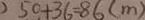
5 0 + 3 6 = 8 6 ( m )